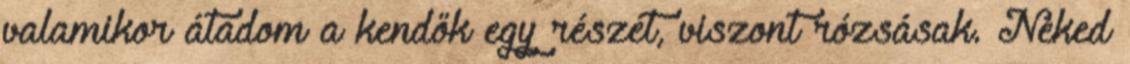
valamikor átadom a kendők egy részét, viszont rózsásak. Neked